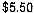
$5.50